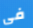
فى